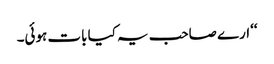
‘‘ارے صاحب یہ کیا بات ہوئی۔